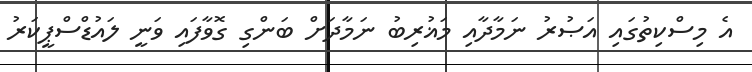
އެ މިސްކިތުގައި އަޞުރު ނަމާދާއި މަޣުރިބު ނަމާދަށް ބަންގި ގޮވާފައި ވަނީ ލައުޑްސްޕީކަރު